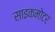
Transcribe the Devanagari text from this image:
साइकमोटर